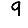
Digit: 9